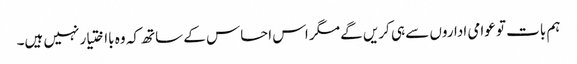
ہم بات تو عوامی اداروں سے ہی کریں گے مگر اس احساس کے ساتھ کہ وہ بااختیار نہیں ہیں۔